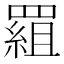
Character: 𦋽